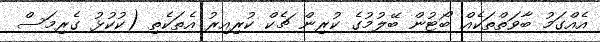
އެއްގަމު ބާވަތްތަކެއް ބޯޓުން ބޭލުމުގެ ކުރިން ޗެކް ކުރިއިރު އެތަކެތި (ކުކުޅު ގެރިމަސް